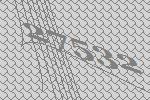
27532